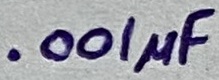
Text: .001µF